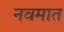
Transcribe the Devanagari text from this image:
नवमात